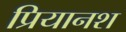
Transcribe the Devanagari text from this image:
प्रियानश